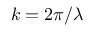
k = 2 \pi / \lambda